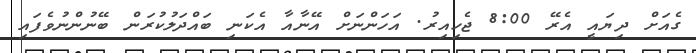
ގެއަށް ދިޔައީ އެރޭ 8:00 ޖެހިއިރު. އަހަންނަށް އޭނާއާ އެކަނި ބައްދަލުކުރަން ބޭނުންނުވެފައި